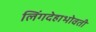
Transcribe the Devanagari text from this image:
लिंगदेहाभोवती